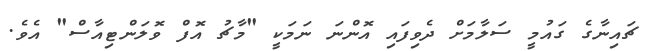
ޗައިނާގެ ގައުމީ ސަލާމަށް ދެވިފައި އޮންނަ ނަމަކީ "މާޗު އޮފް ވޮލަންޓިއާސް" އެވެ.